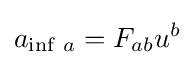
a_{\inf \,a}=F_{ab}u^{b}